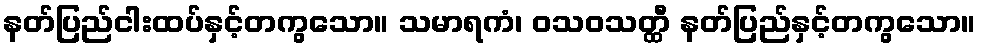
နတ်ပြည်ငါးထပ်နှင့်တကွသော။ သမာရကံ၊ ဝသဝသတ္ထီ နတ်ပြည်နှင့်တကွသော။